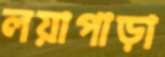
লয়াপাড়া